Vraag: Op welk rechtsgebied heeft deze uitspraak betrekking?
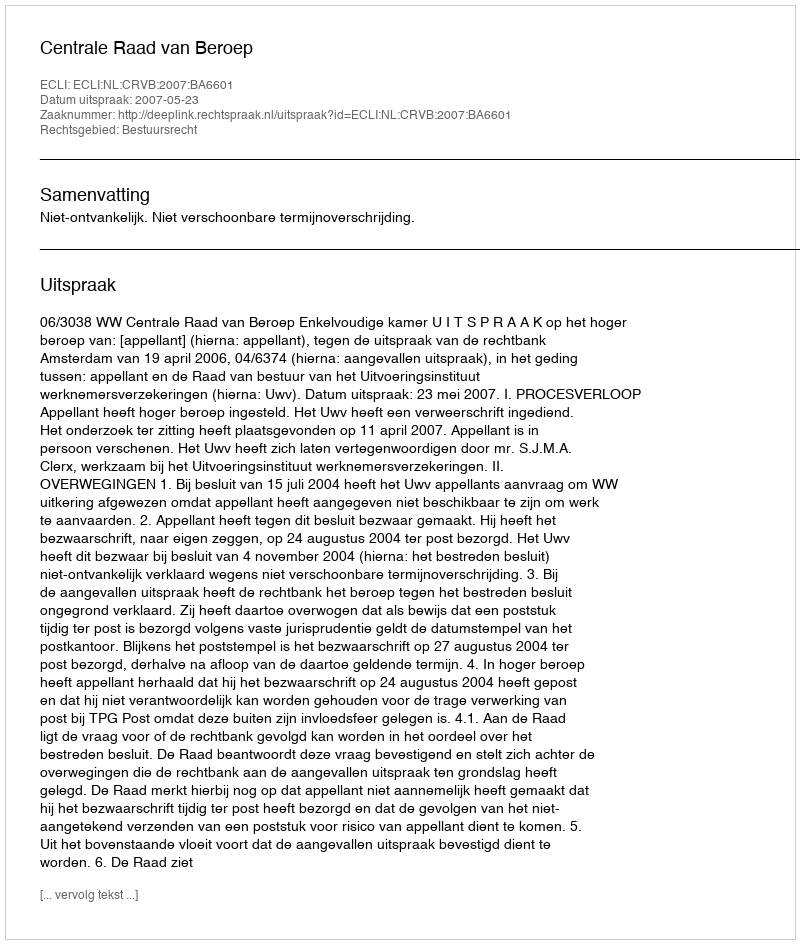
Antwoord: Bestuursrecht